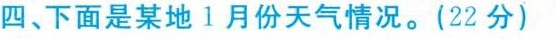
四、下面是某地1月份天气情况。(22分)